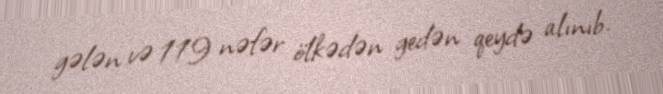
gələn və 119 nəfər ölkədən gedən qeydə alınıb.